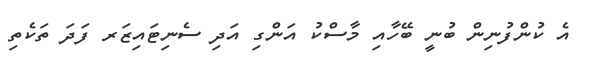
އެ ކުންފުނިން ބުނީ ބޭހާއި މާސްކު އަންގި އަދި ސެނިޓައިޒަރ ފަދަ ތަކެތި